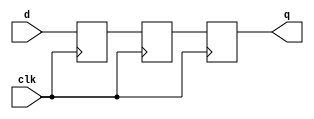
// ================================================================
// NVDLA Open Source Project
//
// Copyright(c) 2016 - 2017 NVIDIA Corporation. Licensed under the
// NVDLA Open Hardware License; Check "LICENSE" which comes with
// this distribution for more information.
// ================================================================
module p_SSYNC3DO (
  clk
 ,d
 ,q
 );
//---------------------------------------
//IO DECLARATIONS
input clk ;
input d ;
output q ;
reg q, d1, d0;
always @(posedge clk)
begin
    {q,d1,d0} <= {d1,d0,d};
end
endmodule